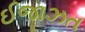
ઈજાઝત